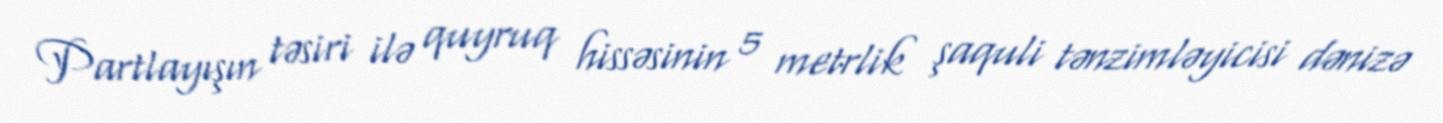
Partlayışın təsiri ilə quyruq hissəsinin 5 metrlik şaquli tənzimləyicisi dənizə